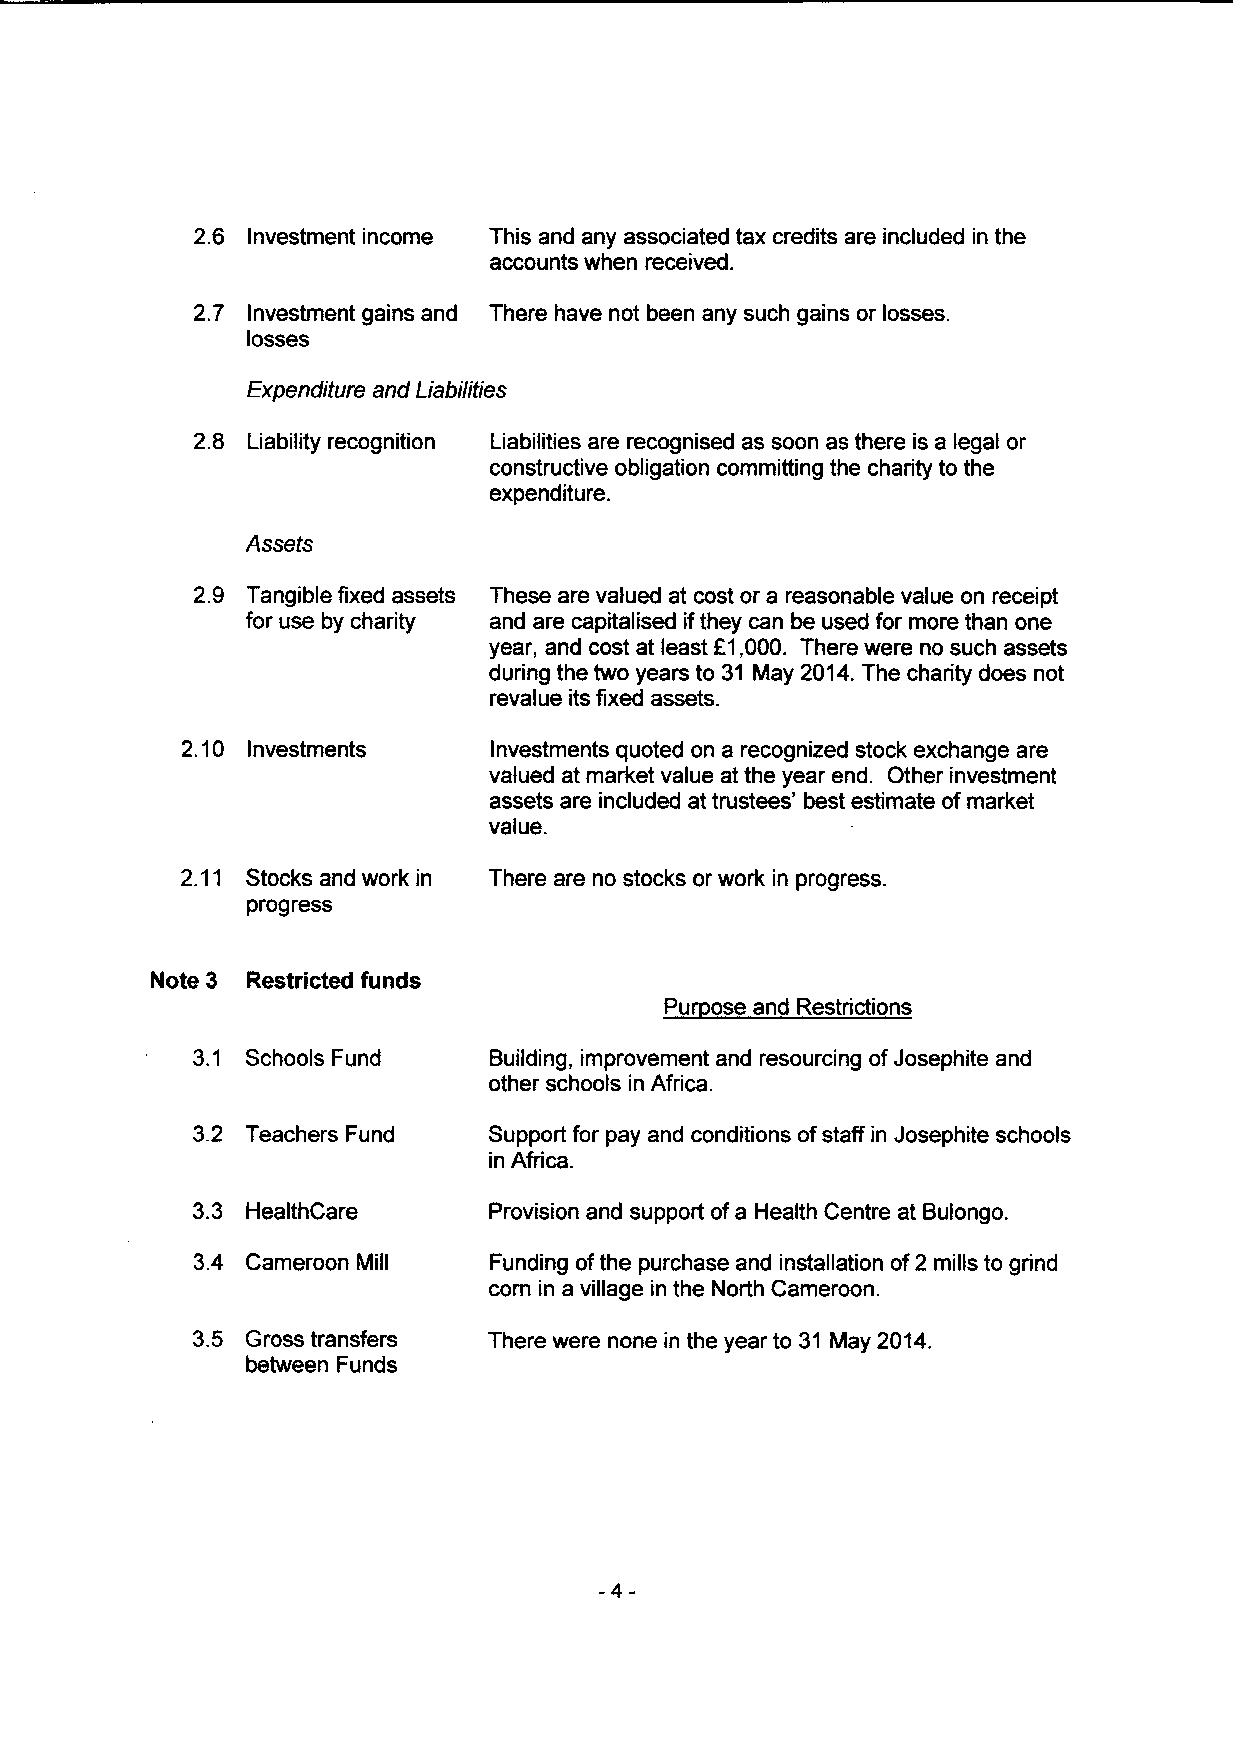
2.6 Investment income This and any associated tax credits are included in the
 accounts when received.
 2.7 Investment gains and There have not been any such gains or losses.
 losses
 Expenditure and Liabilities
 2.8 Liability recognition Liabilities are recognised as soon as there is a legal or
 constructive obligation committing the charity to the
 expenditure.
 Assets
 2.9 Tangible fixed assets These are valued at cost or a reasonable value on receipt
 for use by charity and are capitalised ifthey can be used for more than one
 year, and cost at least f.1,000. There were no such assets
 during the two years to 31 May 2014.The charity does not
 revalue its fixed assets.
 2.10 Investments    Investments quoted on a recognized stock exchange are
 valued at market value at the year end. Other investment
 assets are included at trustees' best estimate ofmarket
 value.
 2.11 Stocks and work in There are no stocks or work in progress.
 progress
 Note 3 Restricted funds
 Pu ose and Restrictions
 3. 1 Schools Fund  Building, improvement and resourcing ofJosephite and
 other schools in Africa.
 3.2 Teachers Fund  Support for pay and conditions ofstaff in Josephite schools
 in Africa.
 3.3 HealthCare     Provision and support ofa Health Centre at Bulongo.
 3.4 Cameroon Mill  Funding ofthe purchase and installation of2 mills to grind
 corn in a village in the North Cameroon.
 3.5 Gross transfers There were none in the year to 31 May 2014.
 between Funds